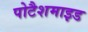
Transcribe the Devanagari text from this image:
पोटैशमाइड